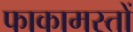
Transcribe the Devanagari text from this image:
फाकामस्तों